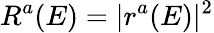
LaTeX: R^{a}(E)=|r^{a}(E)|^{2}